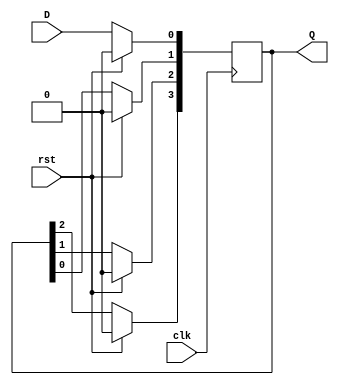
`timescale 1ns / 1ps
//////////////////////////////////////////////////////////////////////////////////
// Company: 
// Engineer: 
// 
// Design Name: 
// Module Name: sipo
// Project Name: 
// Target Devices: 
// Tool Versions: 
// Description: 
// 
// Dependencies: 
// 
// Revision:
// Revision 0.01 - File Created
// Additional Comments:
// 
//////////////////////////////////////////////////////////////////////////////////


module sipo(input clk,
   input D,
   input rst,
   output reg [3:0] Q
);
always @(posedge clk) begin
   if (rst) begin
       Q <= 4'b0000; 
   end else begin
       Q[0] <= D;     
       Q[1] <= Q[0];   
       Q[2] <= Q[1];
       Q[3] <= Q[2];
   end
end
endmodule